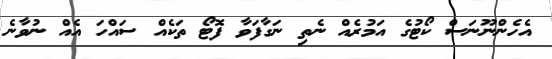
އެހެންނޫނަސް ކޯޓުގެ އަމުރެއް ނެތި ނަގާފަވާ ފޮޓޯ ތަކެއް ސައްހަ އެއް ނުވާނެ